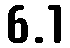
6.1